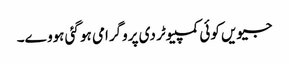
جیویں کوئی کمپیوٹر دی پروگرامی ہو گئی ہووے۔